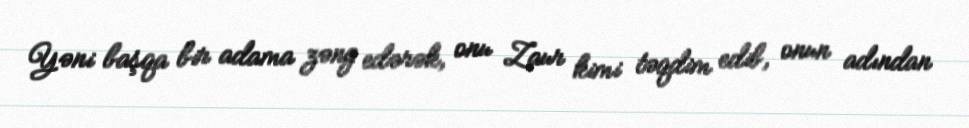
Yəni başqa bir adama zəng edərək, onu Zaur kimi təqdim edib, onun adından